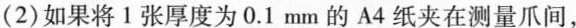
(2)如果将1张厚度为0.1mm的A4纸夹在测量爪间，